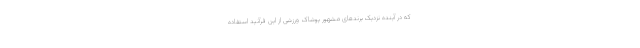
که در آینده نزدیک برندهای مشهور پوشاک ورزشی از این فرآنید استفاده